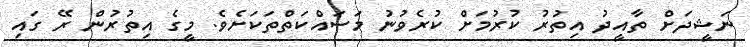
ނަޝީދަށް ތާއީދު އިތުރު ކުރުމަށް ކުރެވުނު މަސައްކަތްތަކަށެވެ. މީގެ އިތުރުން ރޭ ގައި